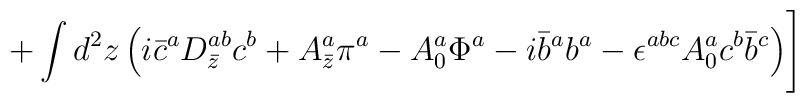
+ \int d^2 z \left( i \bar c^aD^{ab}_{\bar z} c^b + A^a_{\bar z} \pi^a -A^a_0\Phi^a -i \bar b^a b^a-\epsilon^{abc} A^a_0 c^b \bar b^c\right)\Biggr]